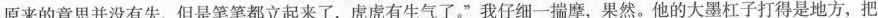
原来的意思并没有失，但是笔笔都立起来了，虎虎有生气了。”我仔细一揣摩，果然。他的大墨杠子打得是地方，把